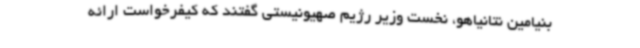
بنیامین نتانیاهو، نخست وزیر رژیم صهیونیستی گفتند که کیفرخواست ارائه